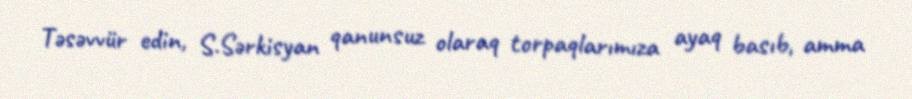
Təsəvvür edin, S.Sərkisyan qanunsuz olaraq torpaqlarımıza ayaq basıb, amma